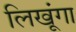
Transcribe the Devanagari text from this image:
लिखूंगा